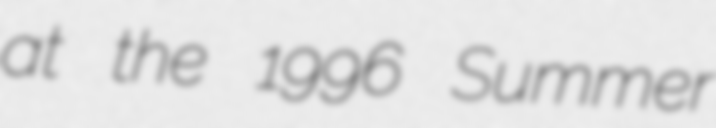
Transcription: at the 1996 Summer